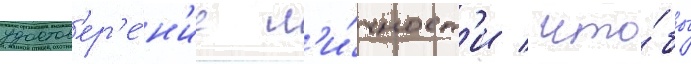
удостов'ер'е́н'ие л'и́чност'и / что́бы